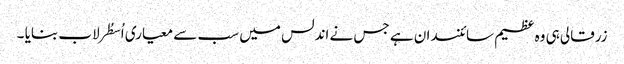
زرقالی ہی وہ عظیم سائنسدان ہے جس نے اندلس میں سب سے معیاری اُسطُرلاب بنایا ۔